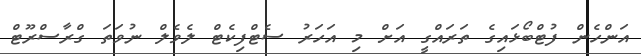
އަންހެން ފުޓްބޯޅައިގެ ތަރައްގީ އަށް މި އަހަރު ސެޓްފިކެޓް ލެވެލް ނުވަތަ ގްރާސްރޫޓް